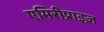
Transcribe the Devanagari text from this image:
एमिरीप्राइज़